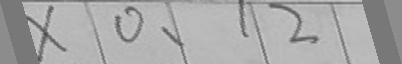
\times 0 . 1 2